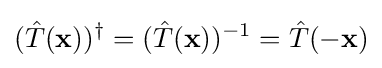
({\hat {T}}(\mathbf {x} ))^{\dagger }=({\hat {T}}(\mathbf {x} ))^{-1}={\hat {T}}(-\mathbf {x} )